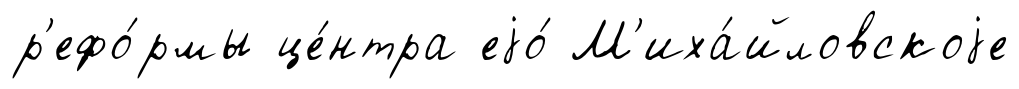
р'ефо́рмы це́нтра еjо́ М'иха́йловскоjе